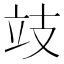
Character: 攱